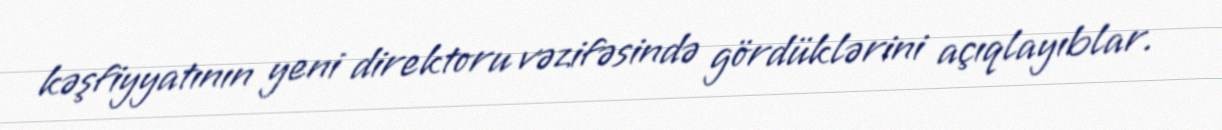
kəşfiyyatının yeni direktoru vəzifəsində gördüklərini açıqlayıblar.